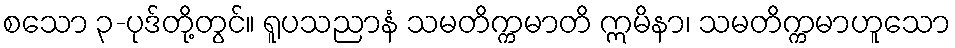
စသော ၃-ပုဒ်တို့တွင်။ ရူပသညာနံ သမတိက္ကမာတိ ဣမိနာ၊ သမတိက္ကမာဟူသော